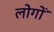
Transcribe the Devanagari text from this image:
लोगोंॱ